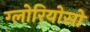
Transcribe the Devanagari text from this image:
ग्लोरियोसो